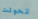
تحولت